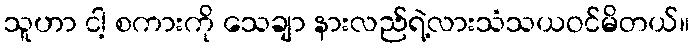
သူဟာ ငါ့ စကားကို သေချာ နားလည်ရဲ့လားသံသယဝင်မိတယ်။